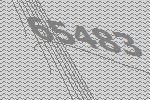
65483